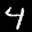
Label: 4